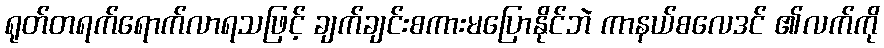
ရုတ်တရက်ရောက်လာရသဖြင့် ချက်ချင်းစကားမပြောနိုင်ဘဲ ကာနယ်စလေဒင် ၏လက်ကို